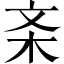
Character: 𱣅